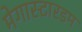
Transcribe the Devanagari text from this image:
मेगास्टारडम